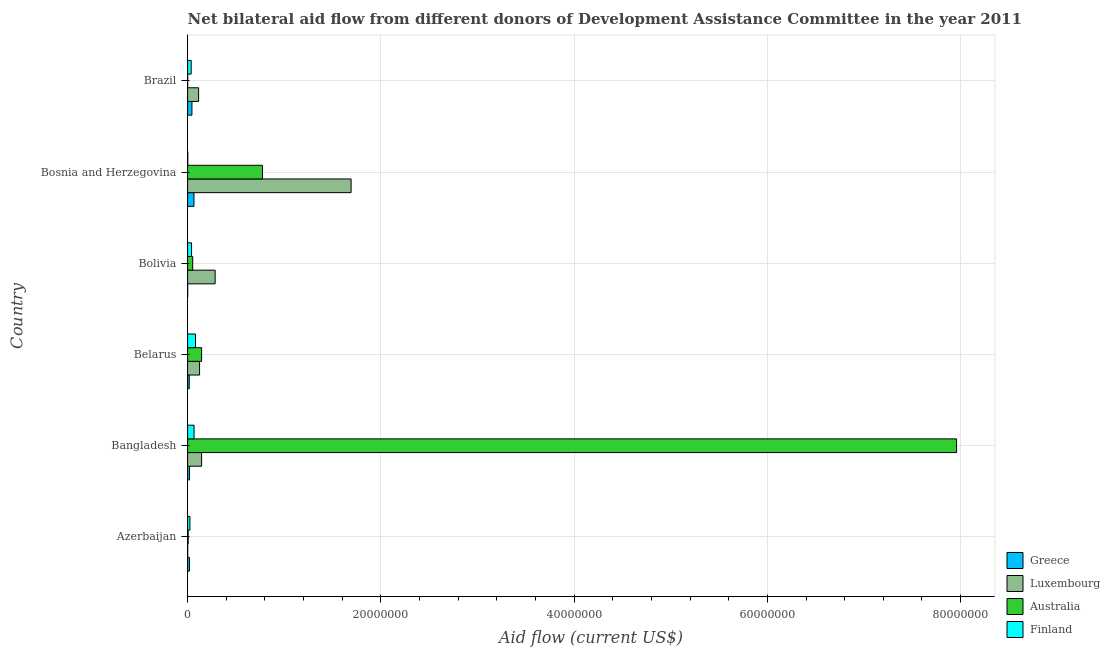
| Country | Greece | Luxembourg | Australia | Finland |
 | --- | --- | --- | --- | --- |
 | Azerbaijan | 1.9e+05 | 1e+04 | 6e+04 | 2.4e+05 |
 | Bangladesh | 2e+05 | 1.45e+06 | 7.96e+07 | 6.7e+05 |
 | Belarus | 1.7e+05 | 1.24e+06 | 1.45e+06 | 8.2e+05 |
 | Bolivia | 1e+04 | 2.85e+06 | 5.3e+05 | 4.1e+05 |
 | Bosnia and Herzegovina | 6.6e+05 | 1.69e+07 | 7.75e+06 | 2e+04 |
 | Brazil | 4.5e+05 | 1.14e+06 | 1e+04 | 3.7e+05 |